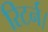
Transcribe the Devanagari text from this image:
रिटर्न।